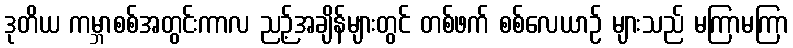
ဒုတိယ ကမ္ဘာစစ်အတွင်းကာလ ညဉ့်အချိန်များတွင် တစ်ဖက် စစ်လေယာဉ် များသည် မကြာမကြာ